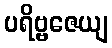
ပရိဗ္ဗဇေယျ